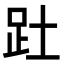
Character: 𮛄